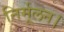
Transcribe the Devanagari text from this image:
निर्मूलन।